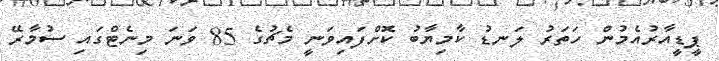
ޕީޑީއާރުއެމުން ހަތަރު ލަނޑު ކާމިޔާބު ކޮށްފައިވަނީ މެޗުގެ 85 ވަނަ މިނެޓްގައި ސުމާރޭ